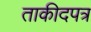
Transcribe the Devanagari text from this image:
ताकीदपत्र